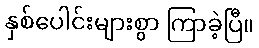
နှစ်ပေါင်းများစွာ ကြာခဲ့ပြီ။